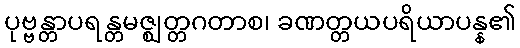
ပုဗ္ဗန္တာပရန္တမဇ္ဈတ္တဂတာစ၊ ခဏတ္တယပရိယာပန္န၏